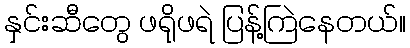
နှင်းဆီတွေ ဖရိုဖရဲ ပြန့်ကြဲနေတယ်။